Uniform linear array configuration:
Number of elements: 24
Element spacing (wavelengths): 0.5
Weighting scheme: binomial
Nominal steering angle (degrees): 45
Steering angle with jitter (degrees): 43.67
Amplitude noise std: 0.05
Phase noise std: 0.05

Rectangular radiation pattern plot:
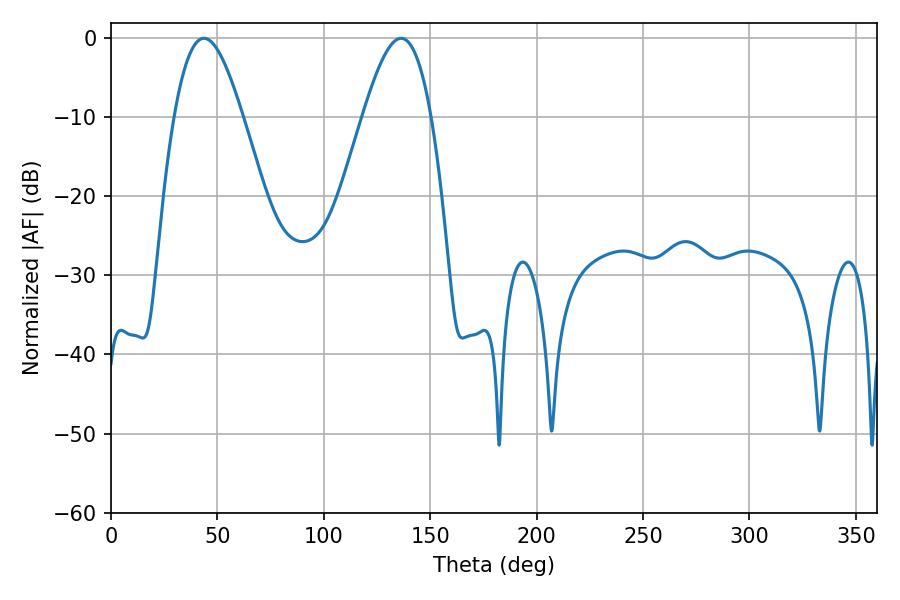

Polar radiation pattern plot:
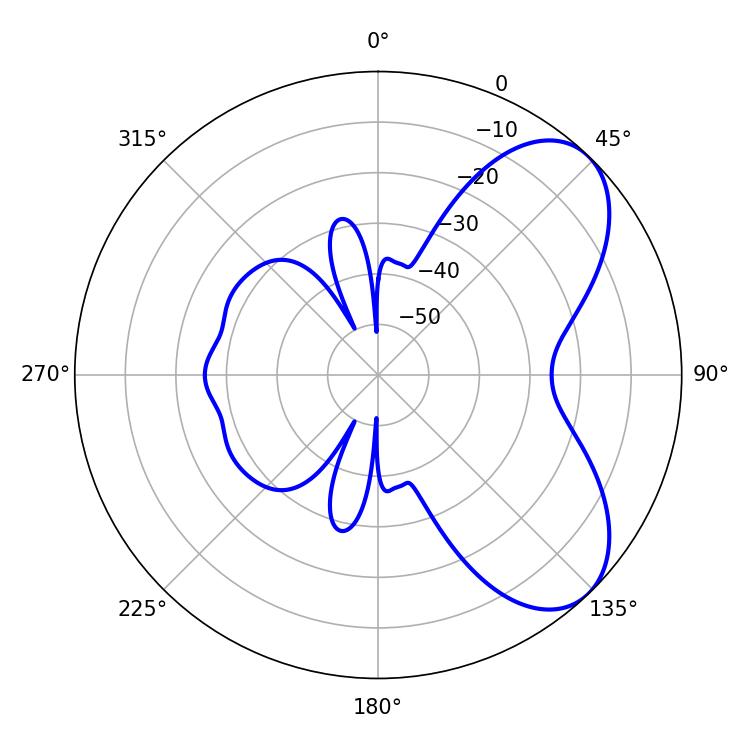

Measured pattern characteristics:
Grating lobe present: FALSE
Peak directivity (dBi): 6.364
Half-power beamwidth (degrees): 17.28
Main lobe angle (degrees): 43.74